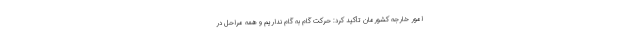
امور خارجه کشورمان تأکید کرد: حرکت گام به گام نداریم و همه مراحل در